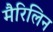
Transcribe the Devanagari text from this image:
मैरिलिन